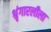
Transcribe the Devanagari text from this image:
श्रृंगारलीला